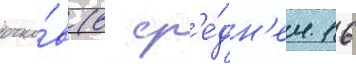
очко́в (в ср'е́дн'ем 16